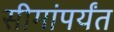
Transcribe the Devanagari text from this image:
सीमांपर्यंत